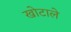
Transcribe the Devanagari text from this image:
खोटाले